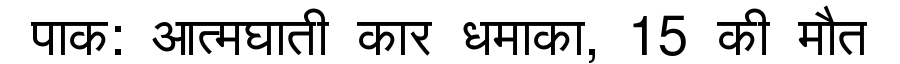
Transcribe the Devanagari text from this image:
पाक: आत्मघाती कार धमाका, 15 की मौत